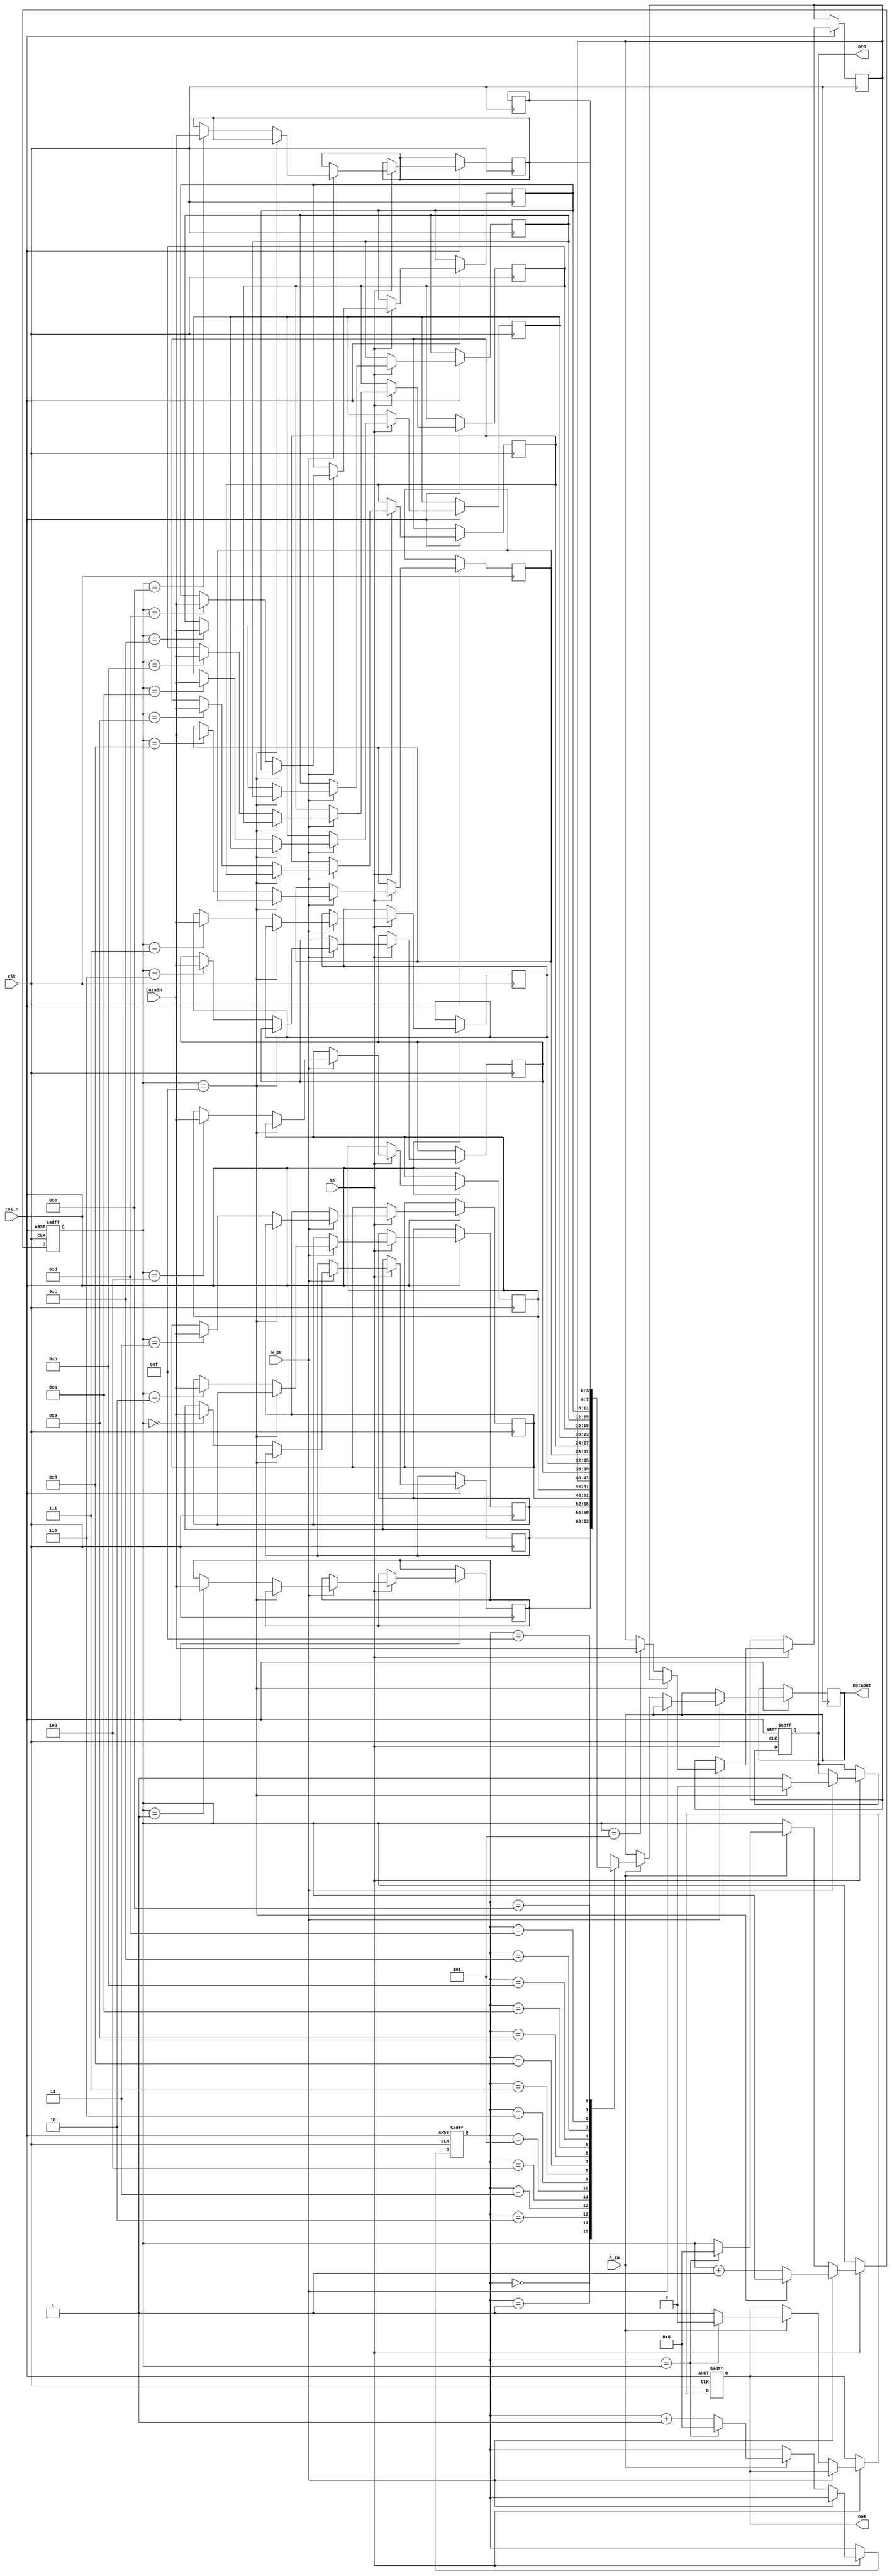
module FIFO_Reg #(parameter width = 4)(
    input                  clk,
	input                  EN,    /*output enable*/
	input                  rst_n, /*when high, the control functions are cleared , DIR = 1, DOR = 0, output remains
	                                 in the state of the last word shifted out*/
    input [width-1:0]      DataIn,   /*Parallel data input*/
	input                  W_EN, /*1-> Data is loaded into reg , shift data in*/
	input                  R_EN, /*1 -> DOR = 0, empties locations, shift data out*/
    output reg             DIR, /*DataInReady -> 1 indicates that input stage is empty and ready to accept valid data
                                              -> 0 indicates that fifo is full or a previous shift is not complete*/
    output reg             DOR, /*DataOutReady -> 1 valid data is present at outputs (does not indicate new data)
                                               -> 0 output stage busy or no valid data  Or FIFO is empty*/
    output reg [width-1:0] DataOut /*Data Output*/
);

reg [width-1:0] dataReg [(2**width)-1:0]; 
reg [width-1:0] w_addr, r_addr;


always @(posedge clk or negedge rst_n)
begin
    if (~rst_n)
    begin
        DIR    <= 1; // FIFO input stage is empty
        DOR    <= 0; // No valid Data
        w_addr <= 0;
        r_addr <= 0;
    end 
    else if (EN)begin
            if (W_EN) begin //input data is shifted-in
                if (w_addr == (2**width-1)) DIR = 0; //FULL
                else begin
                        dataReg[w_addr] <= DataIn;
                        w_addr          <= w_addr + 1; 
                        DIR             <= 1; //ready to accept more data
                    end
                end
            else if (R_EN) begin//data is shifted-out
                            DataOut <= dataReg[r_addr];
                            r_addr  <= r_addr + 1;
                            DOR     <= 1;
                            if (r_addr == w_addr) begin//fifo is empty
                                DOR    <= 0;     
                                w_addr <= 0;
                                r_addr <= 0;
                            end
                      end
    end
end


endmodule